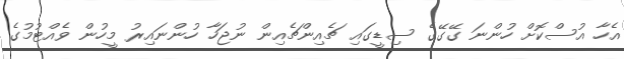
އެހާ އުސްކޮށް ހުންނަ ގޭގޭގެ ސިޑީގައި ޗެއިންޗެއިން ނުޖަހާ ހުންނައިރު މީހުން ވެއްޓުމުގެ